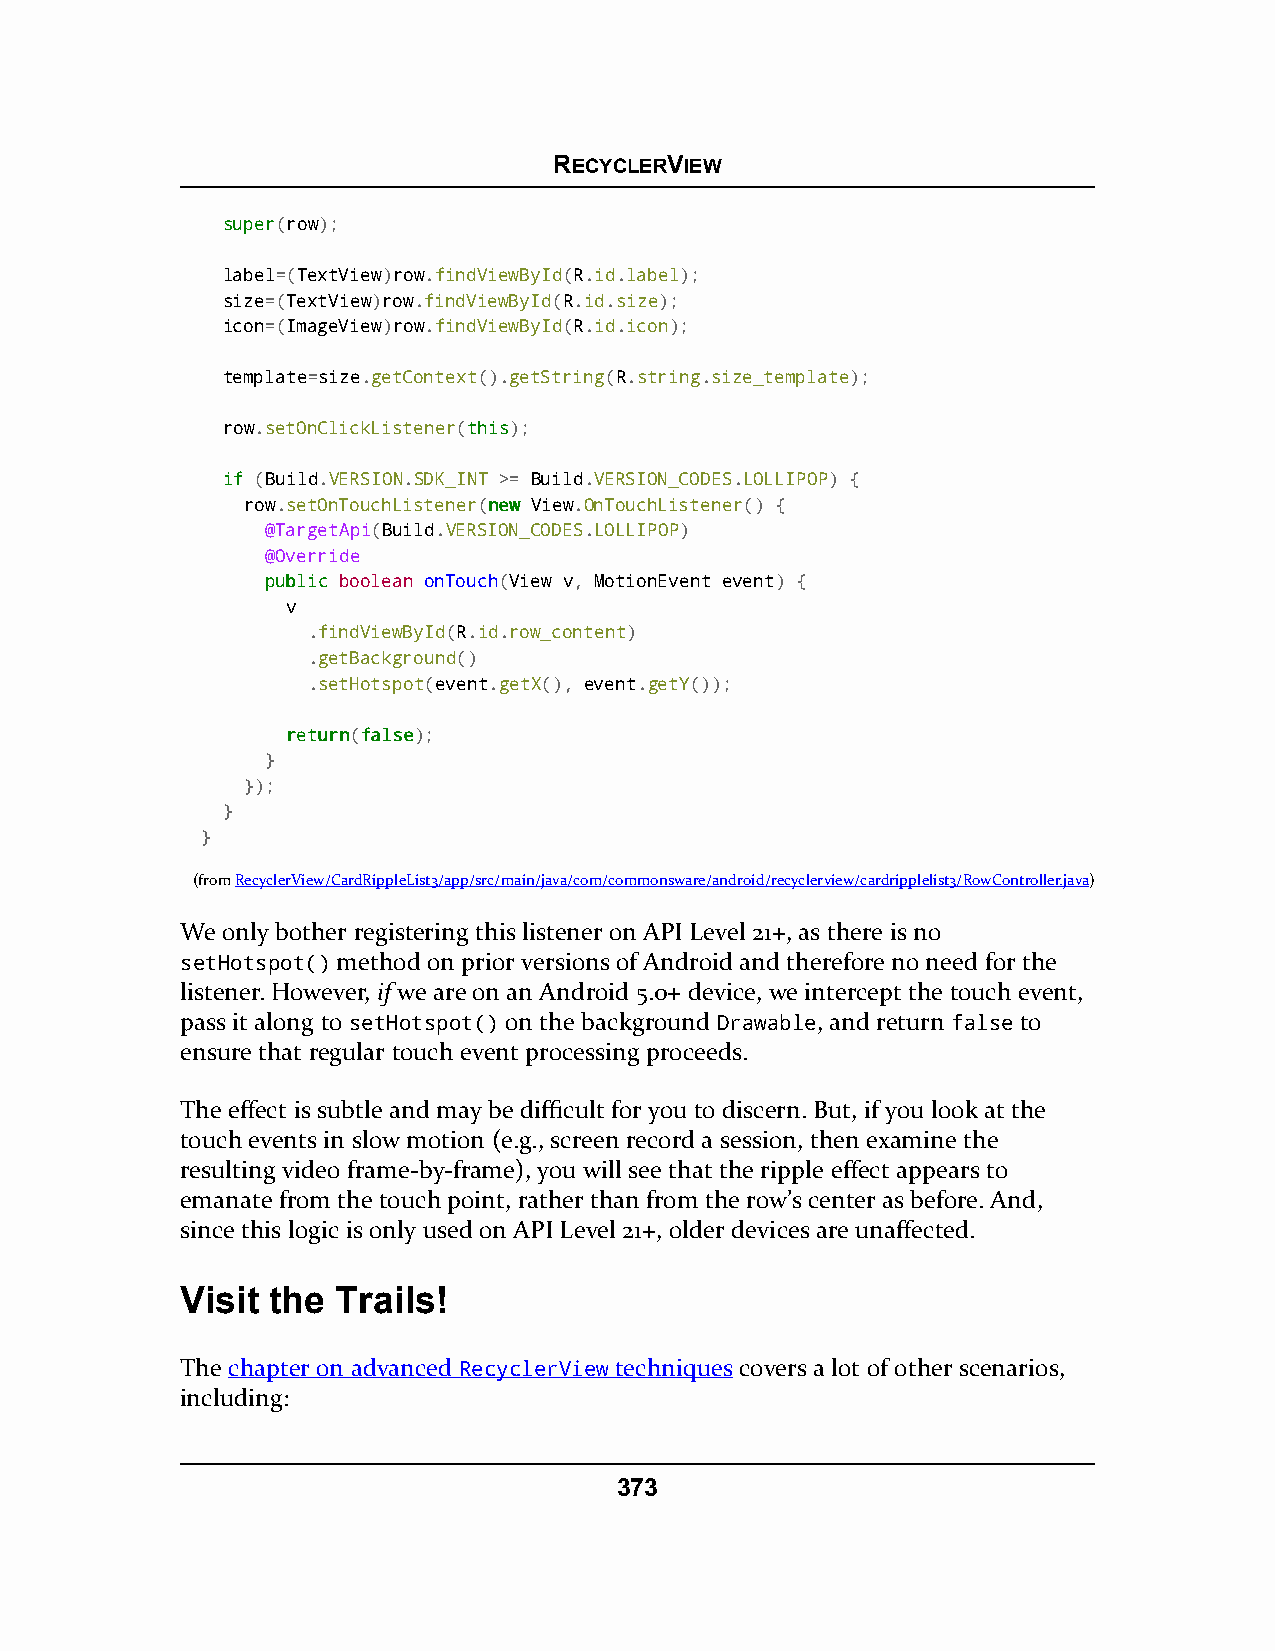
RECYCLERVIEW
 ssuuppeerr(row);
 label=(TextView)row.findViewById(R.id.label);
 size=(TextView)row.findViewById(R.id.size);
 icon=(ImageView)row.findViewById(R.id.icon);
 template=size.getContext().getString(R.string.size_template);
 row.setOnClickListener(tthhiiss);
 iiff (Build.VERSION.SDK_INT >= Build.VERSION_CODES.LOLLIPOP) {
 row.setOnTouchListener(nneeww View.OnTouchListener() {
 @TargetApi(Build.VERSION_CODES.LOLLIPOP)
 @Override
 ppuubblliicc boolean onTouch(View v, MotionEvent event) {
 v
 .findViewById(R.id.row_content)
 .getBackground()
 .setHotspot(event.getX(), event.getY());
 rreettuurrnn(ffaallssee);
 }
 });
 }
 }
 (fromRecyclerView/CardRippleList3/app/src/main/java/com/commonsware/android/recyclerview/cardripplelist3/RowController.java)
 We only bother registering this listener on API Level 21+, as there is no
 setHotspot() method on prior versions of Android and therefore no need for the
 listener. However, if we are on an Android 5.0+ device, we intercept the touch event,
 pass it along to setHotspot() on the background Drawable, and return false to
 ensure that regular touch event processing proceeds.
 The effect is subtle and may be difficult for you to discern. But, if you look at the
 touch events in slow motion (e.g., screen record a session, then examine the
 resulting video frame-by-frame), you will see that the ripple effect appears to
 emanate from the touch point, rather than from the row’s center as before. And,
 since this logic is only used on API Level 21+, older devices are unaffected.
 Visit the Trails!
 The chapter on advanced RecyclerView techniques covers a lot of other scenarios,
 including:
 373